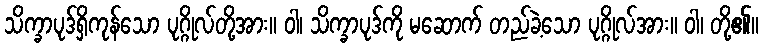
သိက္ခာပုဒ်ရှိကုန်သော ပုဂ္ဂိုလ်တို့အား။ ဝါ၊ သိက္ခာပုဒ်ကို မဆောက် တည်ခဲ့သော ပုဂ္ဂိုလ်အား။ ဝါ၊ တို့၏။